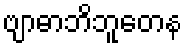
ဗျာဓာဘိဘူတေန